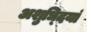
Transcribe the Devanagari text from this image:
अशुध्दियां